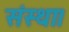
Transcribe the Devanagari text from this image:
संस्था।